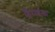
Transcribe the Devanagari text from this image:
हिराईसा